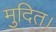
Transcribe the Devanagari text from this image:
मुदित।